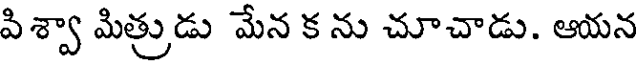
పిశ్వా మిత్రుడు మేన క ను చూచాడు. ఆయన